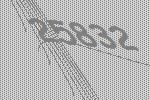
25832